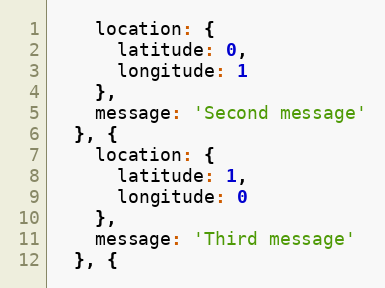
Language: JavaScript
    location: {
      latitude: 0,
      longitude: 1
    },
    message: 'Second message'
  }, {
    location: {
      latitude: 1,
      longitude: 0
    },
    message: 'Third message'
  }, {